Annual administration report of the Civil Veterinary Department of India - 1899-1900
Year: 1899
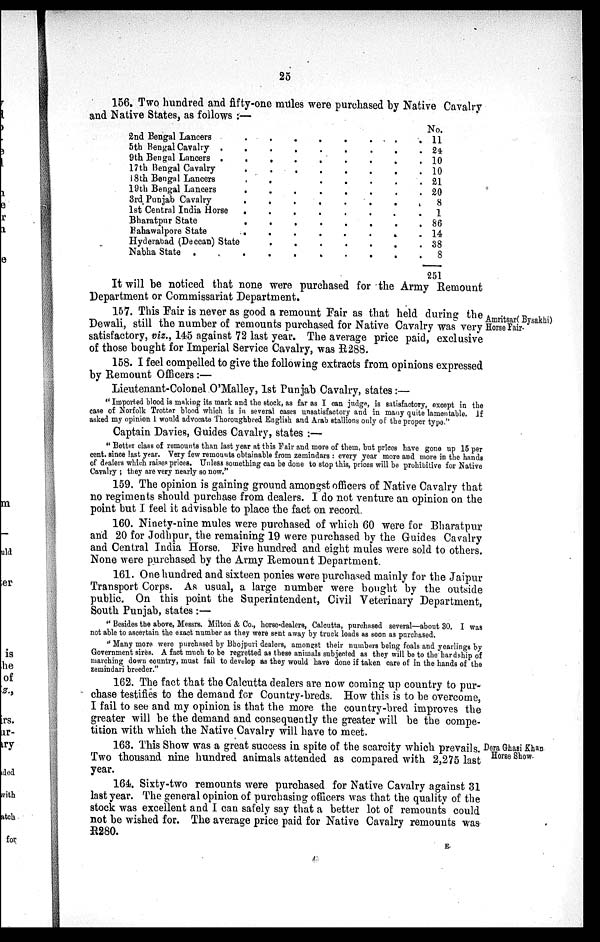
25
156. Two hundred and fifty-one mules were purchased by Native Cavalry
and Native States, as follows:—
2nd Bengal Lancers
.
.
.
.
.
.
.
.
.
5th Bengal Cavalry
.
.
.
.
.
.
.
.
.
9th Bengal Lancers
.
.
.
.
.
.
.
.
.
17th Bengal Cavalry
.
.
.
.
.
.
.
.
.
18th Bengal Lancers . . . . . . . . .
19th Bengal Lancers
.
.
3rd Punjab Cavalry . . . . . . . . . . . . . . .
1st Central India Horse . . . . . . . . . . . . . . .
Bharatpur State . . . . . . . . . . . . . . .
Bahawalpore State . . . . . . . . . . . . . . .
Hyderabad (Deccan) State . . . . . . . . . . . . . . .
Nabha State . . . . . . . . . . . . . . .
. .
. .
. .
. .
. .
. .
. .
. .
. .
No.
11
24
10
10
21
20
8
1
86
14
38
8
251
It will be noticed that none were purchased for the Army Remount
Department or Commissariat Department.
Amritsar(Bysakhi)
Horse Fair.
157. This Fair is never as good a remount Fair as that held during the
Dewali, still the number of remounts purchased for Native Cavalry was very
satisfactory, viz., 145 against 72 last year. The average price paid, exclusive
of those bought for Imperial Service Cavalry, was R288.
158. I feel compelled to give the following extracts from opinions expressed
by Remount Officers:—
Lieutenant-Colonel O'Malley, 1st Punjab Cavalry, states:—
"Imported blood is making its mark and the stock, as far as I can judge, is satisfactory, except in the
case of Norfolk Trotter blood which is in several cases unsatisfactory and in many quite lamentable. If
asked my opinion I would advocate Thoroughbred English and Arab stallions only of the proper type."
Captain Davies, Guides Cavalry, states:—
"Better class of remounts than last year at this Fair and more of them, but prices have gone up 15 per
cent. since last year. Very few remounts obtainable from zemindars: every year more and more in the hands
of dealers which raises prices. Unless something can be done to stop this, prices will be prohibitive for Native
Cavalry; they are very nearly so now."
159. The opinion is gaining ground amongst officers of Native Cavalry that
no regiments should purchase from dealers. I do not venture an opinion on the
point but I feel it advisable to place the fact on record.
160. Ninety-nine mules were purchased of which 60 were for Bharatpur
and 20 for Jodhpur, the remaining 19 were purchased by the Guides Cavalry
and Central India Horse. Five hundred and eight mules were sold to others.
None were purchased by the Army Remount Department.
161. One hundred and sixteen ponies were purchased mainly for the Jaipur
Transport Corps. As usual, a large number were bought by the outside
public. On this point the Superintendent, Civil Veterinary Department,
South Punjab, states:—
"Besides the above, Messrs. Milton & Co., horse-dealers, Calcutta, purchased several—about 30. I was
not able to ascertain the exact number as they were sent away by truck loads as soon as purchased.
"Many more were purchased by Bhojpuri dealers, amongst their numbers being foals and yearlings by
Government sires. A fact much to be regretted as these animals subjected as they will be to the hardship of
marching down country, must fail to develop as they would have done if taken care of in the hands of the
zemindari breeder."
162. The fact that the Calcutta dealers are now coming up country to pur-
chase testifies to the demand for Country-breds. How this is to be overcome,
I fail to see and my opinion is that the more the country-bred improves the
greater will be the demand and consequently the greater will be the compe-
tition with which the Native Cavalry will have to meet.
Dera Ghasi Khan
Horse Show.
163. This Show was a great success in spite of the scarcity which prevails.
Two thousand nine hundred animals attended as compared with 2,275 last
year.
164. Sixty-two remounts were purchased for Native Cavalry against 31
last year. The general opinion of purchasing officers was that the quality of the
stock was excellent and I can safely say that a better lot of remounts could
not be wished for. The average price paid for Native Cavalry remounts was
R280.
E